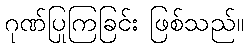
ဂုဏ်ပြုကြခြင်း ဖြစ်သည်။